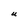
Character: U